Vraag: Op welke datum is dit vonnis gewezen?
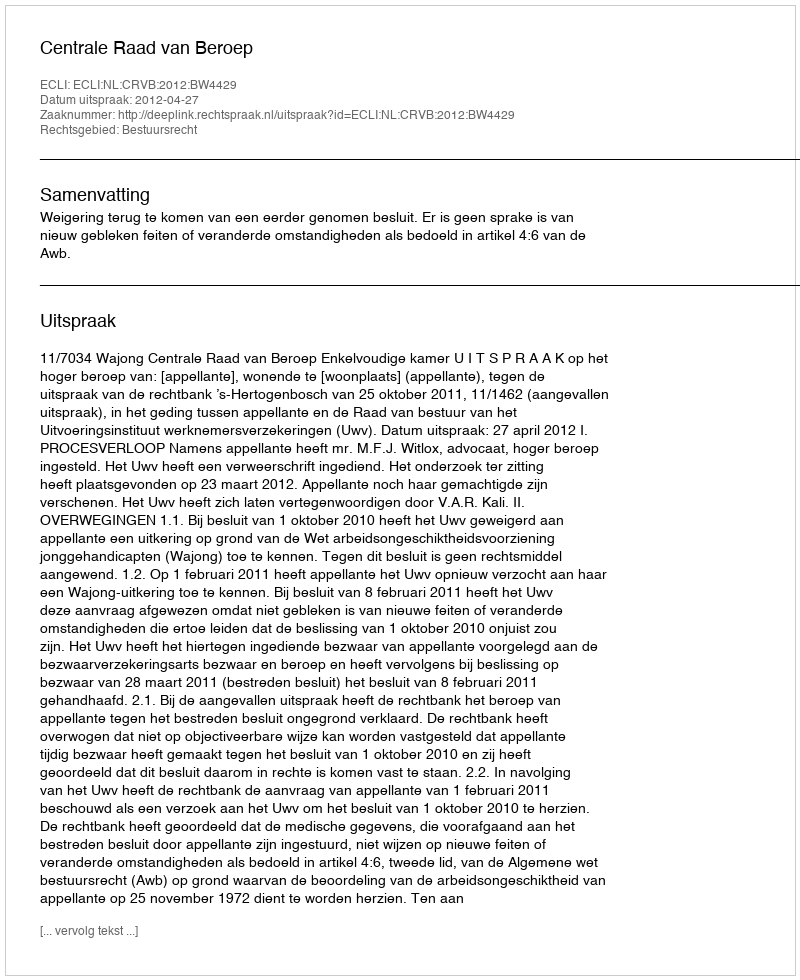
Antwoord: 2012-04-27